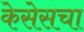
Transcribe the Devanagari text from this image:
केसेसचा